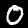
Label: 0